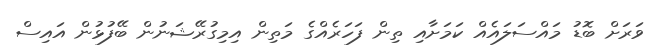
ވަރަށް ބޮޑު މައްސަލައެއް ކަމަށާއި ތިން ފަހަރެއްގެ މަތިން އިމިގުރޭޝަނުން ބޭފުޅުން އައިސް